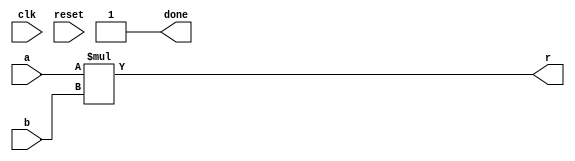
module mul_16(input clk,
			  input reset,
			  output done,
			  input [15:0] a,
			  input [15:0] b,
			  output [31:0] r);
assign r = a*b;
assign done = 1'b1;
endmodule

module d_mul_32(input clk,
			  input reset,
			  output done,
			  input [31:0] a,
			  input [31:0] b,
			  output [63:0] r);
assign r = a*b;
assign done = 1'b1;
endmodule

module mul_32(input clk,
			  input reset,
			  output done,
			  input [31:0] a, //a_b
			  input [31:0] b, //c_d
			  output reg [63:0] r);
			
wire bd_done,ad_done,ac_done,bc_done;

wire [63:0] ac1;
wire [31:0] ac2,ac3;
wire [32:0] ac23;
assign ac23 = ac2 + ac3;

mul_16 mul_bd(.clk(clk), .reset(reset), .done(bd_done),
			 .a(a[15:0]), .b(b[15:0]), .r(ac1[31:0]));
mul_16 mul_ac(.clk(clk), .reset(reset), .done(ac_done),
			 .a(a[31:16]), .b(b[31:16]), .r(ac1[63:32]));

mul_16 mul_ad(.clk(clk), .reset(reset), .done(ad_done),
			 .a(a[15:0]), .b(b[31:16]), .r(ac2));
mul_16 mul_bc(.clk(clk), .reset(reset), .done(bc_done),
			 .b(b[15:0]), .a(a[31:16]), .r(ac3));
			
reg  state;
assign done = (state == 1);
always @(posedge clk or posedge reset) 
if (reset) begin
	state <= 0;
end else begin
	case (state)
	0: begin
		if (bd_done&ad_done&ac_done&bc_done)  begin
			r <=  {ac23+ac1[63:16], ac1[15:0]};
			state <= 1;
		end
	   end
	1:;
	endcase
end
endmodule


/*
module mult_110(
		input reset,
		input  [109:0] a,
		input  [109:0] b,
		input clk,
		output [219:0] r,
		output done);
		
reg [10:0]  state = 0;
reg [219:0] ac;
reg [219:0] op;
reg [109:0] factor;
parameter stop_state = 129;

assign done = (state == stop_state);
assign r = ac;
always @(posedge clk or posedge reset) 
if (reset) begin
			state <= 0;
end else begin
	if (state != stop_state) state <= state + 1;
	case (state)
	0:
		begin
			op <= b;
			ac <= 0;
			factor <= a;
			state <= 1;
		end
	stop_state: 
		state <= stop_state;
	default:
		begin
			if (factor[0] == 1) ac <= ac + op;
			factor <= factor >> 1;
			op <= op << 1;
			state <= state + 1;
		end
	endcase
end
endmodule		




module mul_64(input clk,
			  input reset,
			  output done,
			  input [63:0] a, //a_b
			  input [63:0] b, //c_d
			  output reg [127:0] r);
			
wire bd_done,ad_done,ac_done,bc_done;

wire [127:0] ac1;
wire [63:0] ac2,ac3;

mul_32 mul_bd(.clk(clk), .reset(reset), .done(bd_done),
			 .a(a[31:0]), .b(b[31:0]), .r(ac1[63:0]));
mul_32 mul_ac(.clk(clk), .reset(reset), .done(ac_done),
			 .a(a[63:32]), .b(b[63:32]), .r(ac1[127:64]));

mul_32 mul_ad(.clk(clk), .reset(reset), .done(ad_done),
			 .a(a[31:0]), .b(b[63:32]), .r(ac2));
mul_32 mul_bc(.clk(clk), .reset(reset), .done(bc_done),
			 .b(b[31:0]), .a(a[63:32]), .r(ac3));
			
reg  state;
assign done = (state == 1);
always @(posedge clk or posedge reset) 
if (reset) begin
	state <= 0;
end else begin
	case (state)
	0: begin
		if (bd_done&ad_done&ac_done&bc_done)  begin
			r <= ac1 + {ac2 + ac3,32'b0};//THIS WILL FAIL
			state <= 1;
		end
	   end
	1:;
	endcase
end
endmodule

module mul_128(input clk,
			  input reset,
			  output done,
			  input [127:0] a, //a_b
			  input [127:0] b, //c_d
			  output reg [255:0] r);
			
wire bd_done,ad_done,ac_done,bc_done;

wire [255:0] ac1;
wire [127:0] ac2,ac3;

mul_64 mul_bd(.clk(clk), .reset(reset), .done(bd_done),
			 .a(a[63:0]), .b(b[63:0]), .r(ac1[127:0]));
mul_64 mul_ac(.clk(clk), .reset(reset), .done(ac_done),
			 .a(a[127:64]), .b(b[127:64]), .r(ac1[255:128]));

mul_64 mul_ad(.clk(clk), .reset(reset), .done(ad_done),
			 .a(a[63:0]), .b(b[127:64]), .r(ac2));
mul_64 mul_bc(.clk(clk), .reset(reset), .done(bc_done),
			 .b(b[63:0]), .a(a[127:64]), .r(ac3));
			
reg  state;
assign done = (state == 1);
always @(posedge clk or posedge reset) 
if (reset) begin
	state <= 0;
end else begin
	case (state)
	0: begin
		if (bd_done&ad_done&ac_done&bc_done)  begin
			r <= ac1 + {ac2 + ac3,64'b0};//THIS WILL FAIL
			state <= 1;
		end
	   end
	1:;
	endcase
end
endmodule
*/